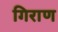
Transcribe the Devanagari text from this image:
गिराण